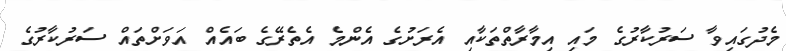
މެދުގައިވާ ސަރުކާރުގެ މައި އިމާރާތްތަކާއި އެރަށުގެ އެންމެ އެތެރޭގެ ބައެއް އަވަށްތައް ސަރުކާރުގެ